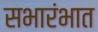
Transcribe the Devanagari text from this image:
सभारंभात